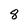
Character: 8